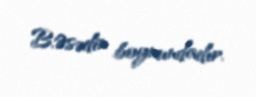
B.Əsədin boynundadır.